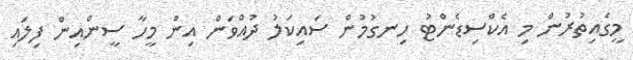
މީގެއިތުރުން މި އެކްސިޑެންޓު ހިނގުމުން ސައިކަލު ދުއްވަން އިން މީހާ ސީންއިން ފިލައި